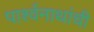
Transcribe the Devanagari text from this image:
पार्श्वनाथांची